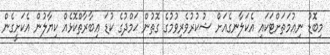
މިބޮޑު ނިޢުމަތަށްޓަކައި އެކަލާނގެއަށް ޝުކުރުވެރިވުމުގެ ގޮތުން ޙަމްދުގެ ކުޑަ ޢިބާރާތްކޮޅެއް ކިޔާލުން އެކަށީގެން